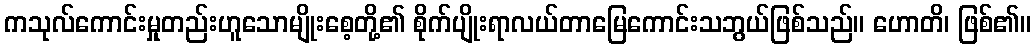
ကသုလ်ကောင်းမှုတည်းဟူသောမျိုးစေ့တို့၏ စိုက်ပျိုးရာလယ်တာမြေကောင်းသဘွယ်ဖြစ်သည်။ ဟောတိ၊ ဖြစ်၏။